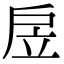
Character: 𢨶